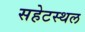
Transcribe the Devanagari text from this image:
सहेटस्थल